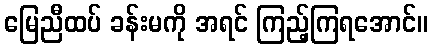
မြေညီထပ် ခန်းမကို အရင် ကြည့်ကြရအောင်။